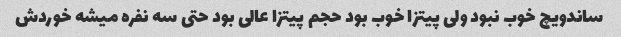
ساندویچ خوب نبود ولی پیتزا خوب بود حجم پیتزا عالی بود حتی سه نفره میشه خوردش